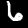
Label: 6